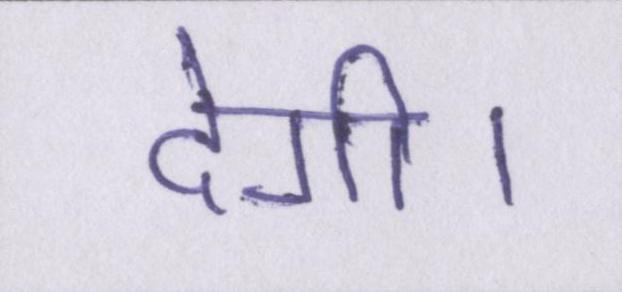
देगी।